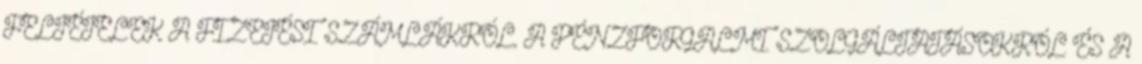
FELTÉTELEK A FIZETÉSI SZÁMLÁKRÓL, A PÉNZFORGALMI SZOLGÁLTATÁSOKRÓL ÉS A